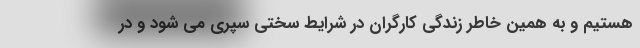
هستیم و به همین خاطر زندگی کارگران در شرایط سختی سپری می شود و در